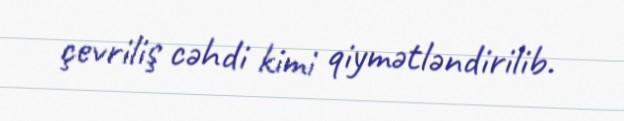
çevriliş cəhdi kimi qiymətləndirilib.